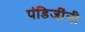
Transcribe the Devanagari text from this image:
पंडिजींनी